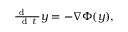
\begin{array} { r } { \frac { \mathrm { ~ d ~ \, ~ \, ~ } } { \mathrm { ~ d ~ } t } { \boldsymbol y } = - \nabla \Phi ( { \boldsymbol y } ) , } \end{array}